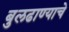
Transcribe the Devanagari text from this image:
बुलढाण्याचे